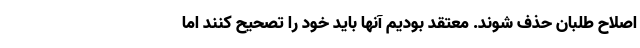
اصلاح طلبان حذف شوند. معتقد بودیم آنها باید خود را تصحیح کنند اما